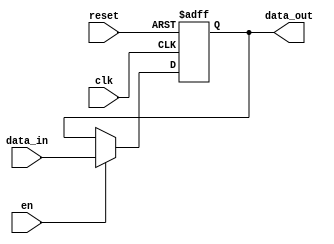
module pipeline_buffer #(
    parameter DATA_WIDTH = 8 // Parameter to set the width of the data
)(
    input wire clk,           // Clock signal
    input wire reset,         // Reset signal
    input wire en,           // Enable signal
    input wire [DATA_WIDTH-1:0] data_in, // Input data
    output reg [DATA_WIDTH-1:0] data_out // Output data
);

    // Sequential logic for the pipeline buffer
    always @(posedge clk or posedge reset) begin
        if (reset) begin
            data_out <= 0; // Reset output to zero
        end else if (en) begin
            data_out <= data_in; // Latch input data into output on enable
        end
    end

endmodule